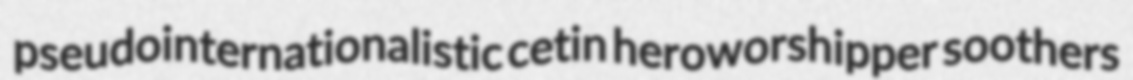
pseudointernationalistic cetin heroworshipper soothers